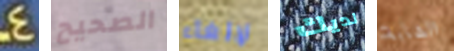
4 الصحيح لإلغاء لديك الشابة